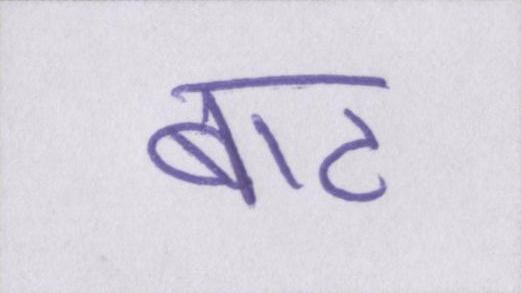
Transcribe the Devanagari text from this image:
बाट